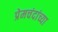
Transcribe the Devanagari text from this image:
प्रेमचंदांच्या